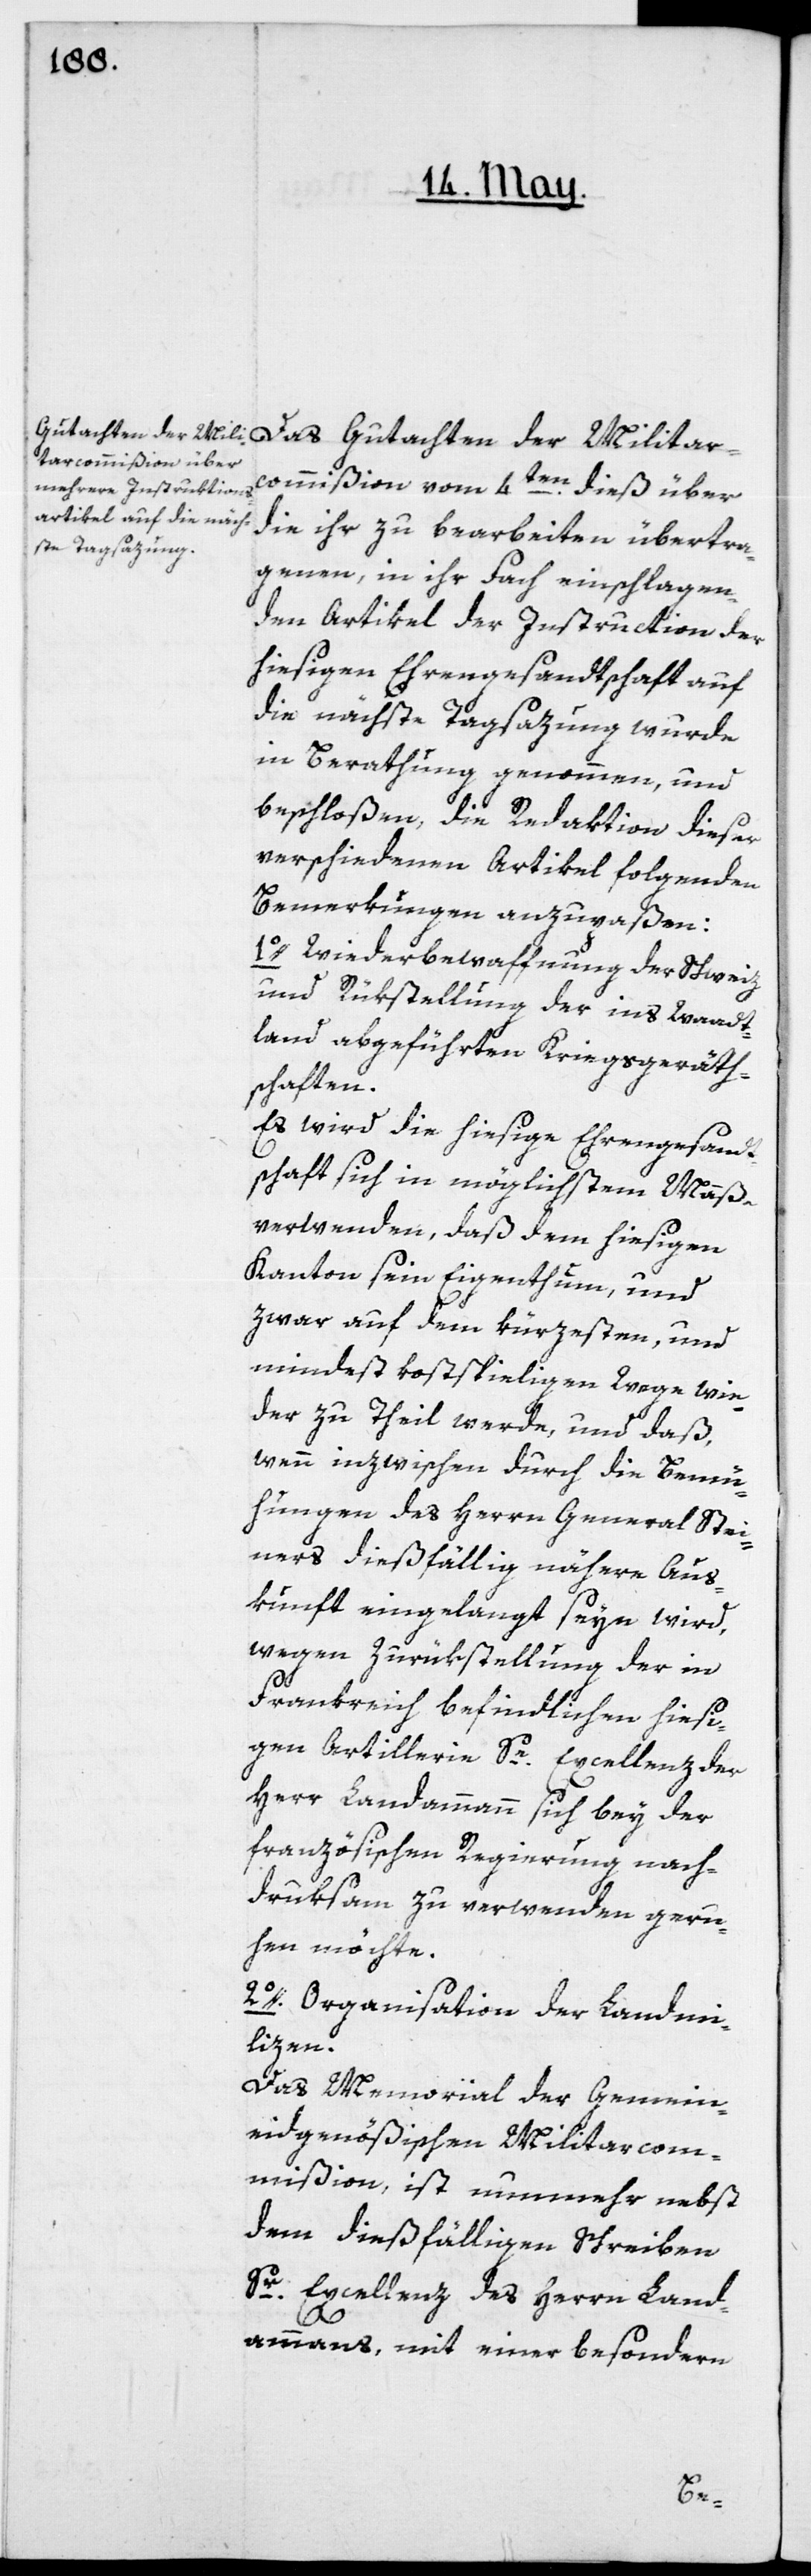
Das Gutachten der Militar¬
commißion vom 4ten dieß über
die ihr zu bearbeiten übertra¬
genen, in ihr Fach einschlagen¬
den Artikel der Instruction der
hiesigen Ehrengesandtschaft auf
die nächste Tagsazung wurde
in Berathung genommen, und
beschloßen, die Redaktion dieser
verschiedenen Artikel folgenden
Bemerkungen anzupaßen:
1o. Wiederbewaffnung der Schweiz
und Rükstellung der ins Waadt¬
land abgeführten Kriegsgeräth¬
schaften.
Es wird die hiesige Ehrengesandt¬
schaft sich in möglichstem Maaße
verwenden, daß dem hiesigen
Kanton sein Eigenthum, und
zwar auf dem kürzesten, und
mindest kostspieligen Wege wie¬
der zu Theil werde, und daß,
wenn inzwischen durch die Bemü¬
hungen des Herrn General Stei¬
ner dießfällig nähere Aus¬
kunft eingelangt seyn wird,
wegen Zurükstellung der in
Frankreich befindlichen hiesi¬
gen Artillerie Se Excellenz der
Herr Landammann sich bey der
französischen Regierung nach¬
druksam zu verwenden geru¬
hen möchte.
2o. Organisation der Landmi¬
lizen.
Das Memorial der Gemein¬
eidgenößischen Militarcom¬
mißion ist nunmehr nebst
dem dießfälligen Schreiben
Sr Excellenz des Herrn Land¬
ammanns mit einer besondern